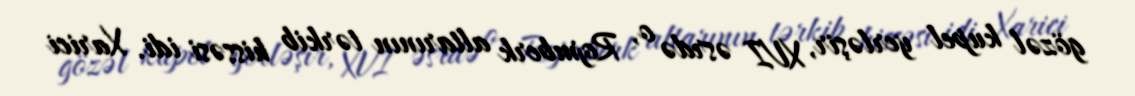
gözəl kupel yerləşir, XVI əsrdə o, Rojmberk altarının tərkib hissəsi idi. Xarici